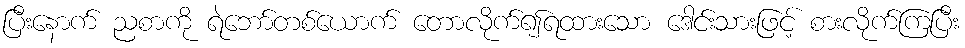
ပြီးနောက် ညစာကို ရဲဘော်တစ်ယောက် တောလိုက်၍ရထားသော ဒေါင်းသားဖြင့် စားလိုက်ကြပြီး